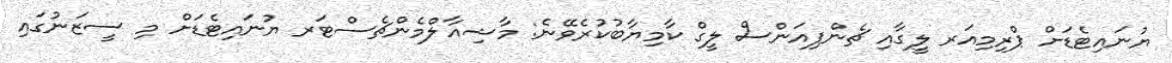
ޔުނައިޓެޑަށް ޕްރިމިއަރ ލީގާއި ޗެންޕިއަންސް ލީގް ކާމިޔާބުކުރެވޭނެ: މާޝިއާލްމެންޗެސްޓަރ ޔުނައިޓެޑަށް މި ސީޒަނުގައި